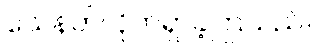
သေနတ်လိုက်ရှာခဲ့ကြသည်။